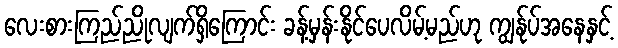
လေးစားကြည်ညိုလျက်ရှိကြောင်း ခန့်မှန်းနိုင်ပေလိမ့်မည်ဟု ကျွန်ုပ်အနေနှင့်